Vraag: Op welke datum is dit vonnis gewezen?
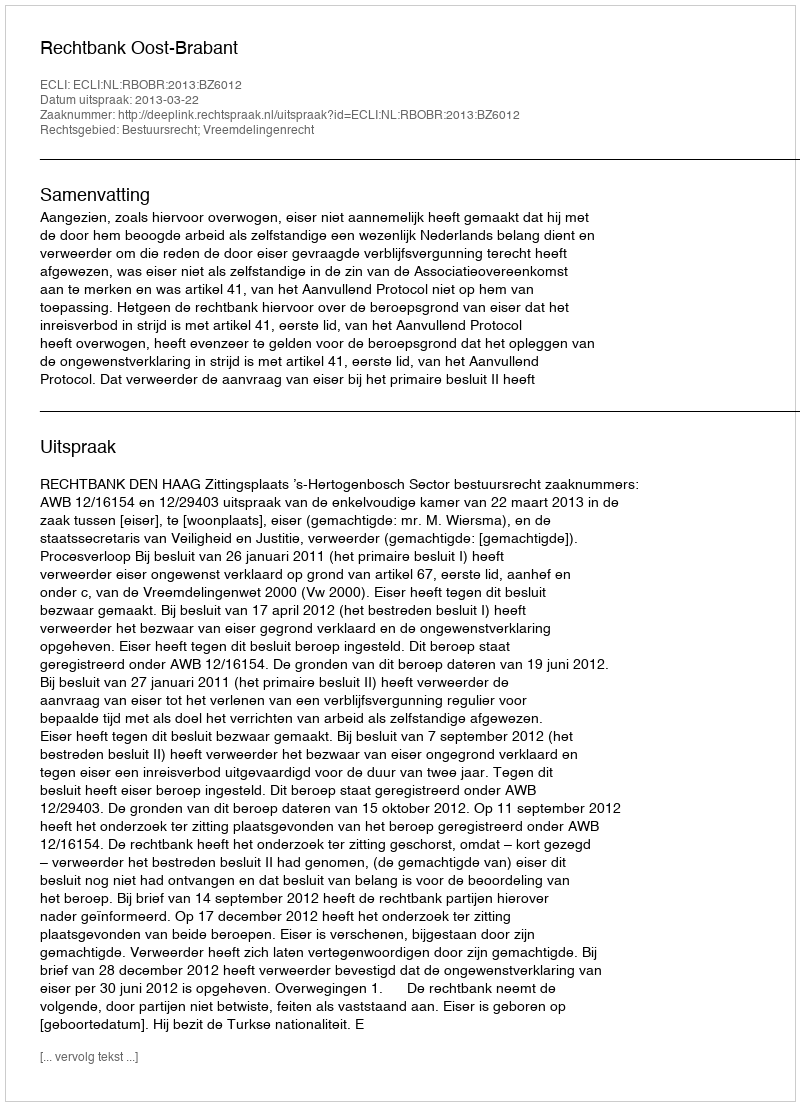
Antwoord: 2013-03-22